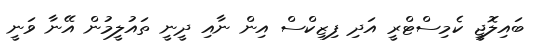
ބައިލޮޖީ ކެމިސްޓްރީ އަދި ފިޒިކްސް އިން ނާއި ދީނީ ތައުލީމުން އޭނާ ވަނީ